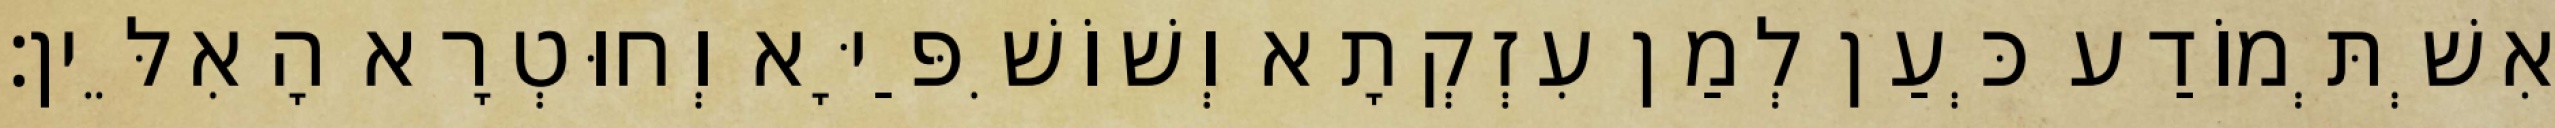
אִשְׁתְּמוֹדַע כְּעַן לְמַן עִזְקְתָא וְשׁוֹשִׁפַּיָּא וְחוּטְרָא הָאִלֵּין׃